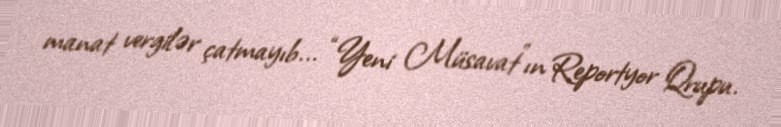
manat vergilər çatmayıb... “Yeni Müsavat”ın Reportyor Qrupu.